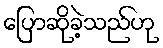
ပြောဆိုခဲ့သည်ဟု